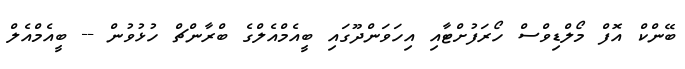
ބޭންކް އޮފް މޯލްޑިވްސް ހޯރަފުށްޓާއި އިހަވަންދޫގައި ބީއެމްއެލްގެ ބްރާންޗް ހުޅުވުން -- ބީއެމްއެލް